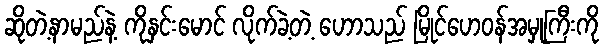
ဆိုတဲ့နာမည်နဲ့ ကိုနှင်းမောင် လိုက်ခဲ့တဲ့ ဟောသည် မြိုင်ဟေဝန်အမှုကြီးကို